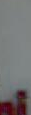
.